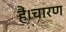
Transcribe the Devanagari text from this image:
हैं।चारण